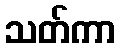
သတ်ကာ